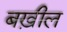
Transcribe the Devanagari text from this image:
बख़ील